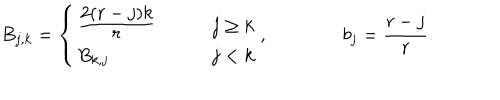
B _ { j , k } = \left\{ \begin{array} { l l } { { \frac { \displaystyle 2 ( r - j ) k } { \displaystyle r } \qquad } } & { { j \geq k } } \\ { { B _ { k , j } } } & { { j < k } } \\ \end{array} \right. , \qquad \qquad b _ { j } = \frac { r - j } { r } .